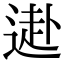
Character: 𨕍